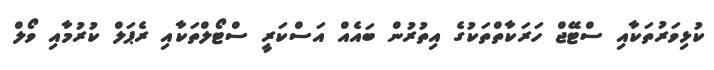
ކުޅިވަރުތަކާއި ސްޓޭޖް ހަރަކާތްތަކުގެ އިތުރުން ބައެއް އަސްކަރީ ސްޓޯލްތަކާއި ރެޕަލް ކުރުމާއި ވޯލް